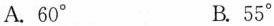
A.60° B.55°